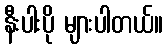
နီးပါးပို များပါတယ်။